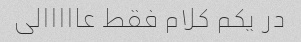
در یکم کلام فقط عااااالی